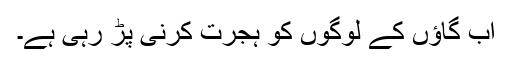
اب گاؤں کے لوگوں کو ہجرت کرنی پڑ رہی ہے۔